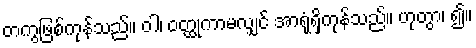
တကွဖြစ်ကုန်သည်။ ဝါ၊ ဝတ္ထုကာမလျှင် အာရုံရှိကုန်သည်။ ဟုတွာ၊ ၍။